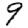
Digit: 9